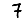
Digit: 7